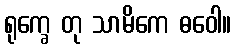
ရုက္ခေ တု သာမိကေ ဓဝေါ။